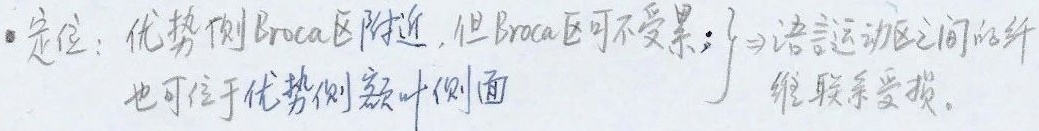
●定位：优势侧Broca区附近，但Broca区可不受累；也可位于优势侧额叶侧面。语言运动区之间的纤维联系受损。